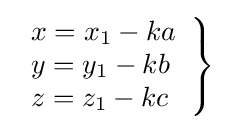
\left.{\begin{array}{l}x=x_{1}-ka\\y=y_{1}-kb\\z=z_{1}-kc\end{array}}\right\}